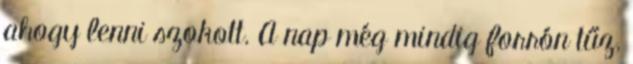
ahogy lenni szokott. A nap még mindig forrón tűz,